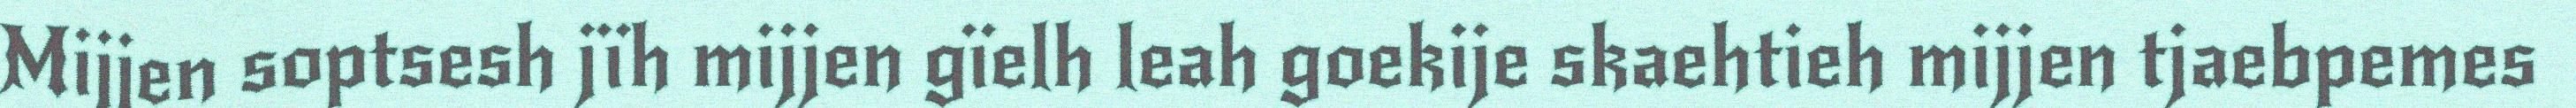
Mijjen soptsesh jïh mijjen gïelh leah goekije skaehtieh mijjen tjaebpemes